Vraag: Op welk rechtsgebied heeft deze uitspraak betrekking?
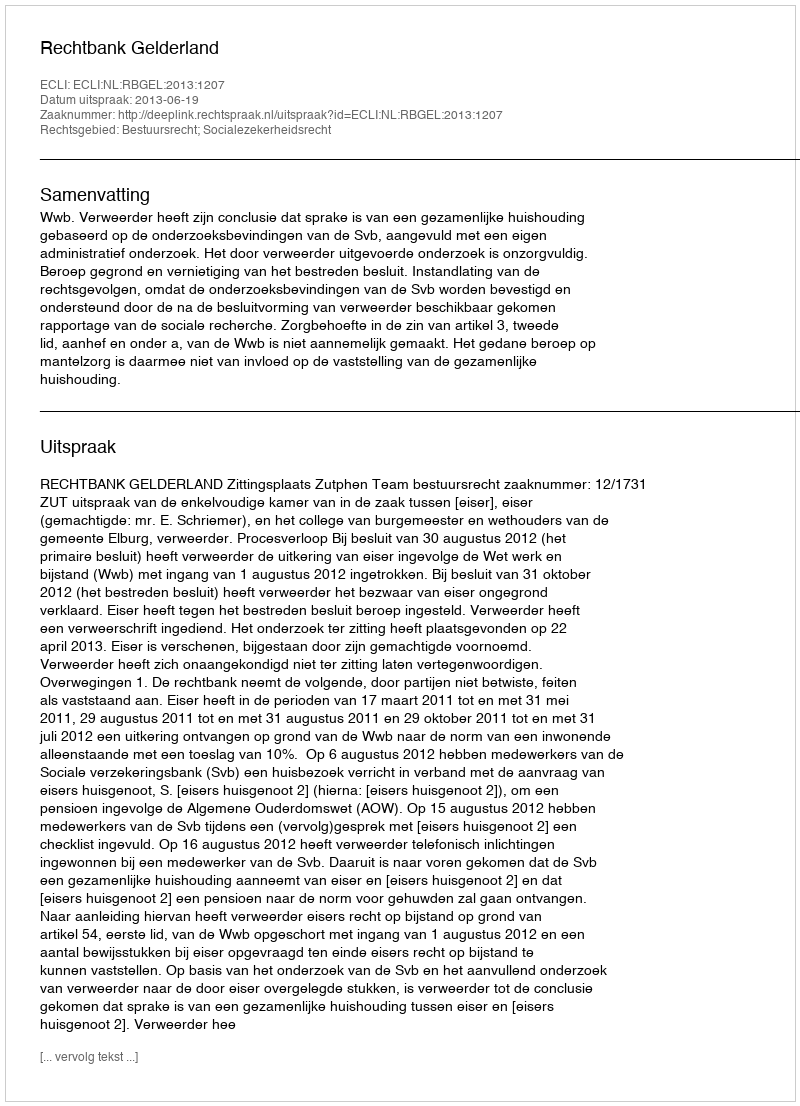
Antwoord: Bestuursrecht; Socialezekerheidsrecht